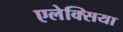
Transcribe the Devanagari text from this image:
एलेक्सिया